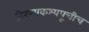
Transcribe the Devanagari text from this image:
हिरण्यकश्यपूचीच